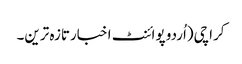
کراچی(اُردو پوائنٹ اخبارتازہ ترین۔